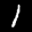
Label: 1